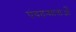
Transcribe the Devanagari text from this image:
पंचतन्मात्राओं